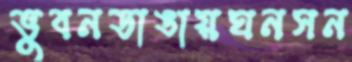
ভুবনডাঙায়ঘনসন